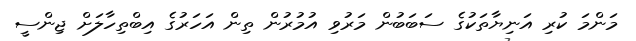
މަންމަ ކުރި އަނިޔާތަކުގެ ސަބަބުން މަރުވި އުމުރުން ތިން އަހަރުގެ އިބްތިހާލަށް ޖިންސީ